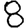
Digit: 8